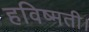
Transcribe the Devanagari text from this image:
हविष्मती।